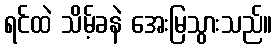
ရင်ထဲ သိမ့်ခနဲ အေးမြသွားသည်။